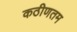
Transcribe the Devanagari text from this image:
कठीणतम